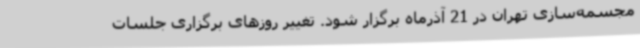
مجسمه‌سازی تهران در 21 آذرماه برگزار شود. تغییر روزهای برگزاری جلسات